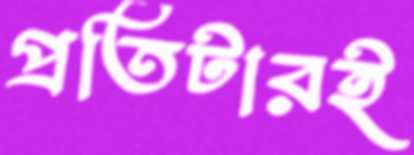
প্রতিটারই